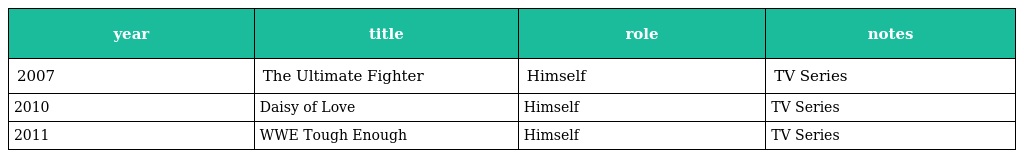
| year | title | role | notes |
 | --- | --- | --- | --- |
 | 2007 | The Ultimate Fighter | Himself | TV Series |
 | 2010 | Daisy of Love | Himself | TV Series |
 | 2011 | WWE Tough Enough | Himself | TV Series |